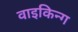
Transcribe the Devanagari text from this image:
वाइकिन्ग